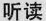
听读